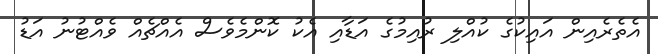
އެތެރެއިން އައިކުގެ ކުއްލި ރުއިމުގެ އަޑާއި އެކު ކޮންމެވެސް އެއްޗެއް ވެއްޓުނު އަޑު